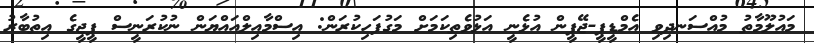
މައުލޫމާތު މުއްސަނދިވި އެމްޑީޕީ-ޖޭޕީން އުޅެނީ އަޅުވެތިކަމަށް މަގުފަހިކުރަން: އިސްމާއިލްއައްޔަން ނުކުރަނީސް ޕީޖީގެ އިތުބާރު